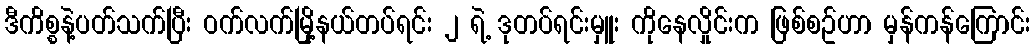
ဒီကိစ္စနဲ့ပတ်သက်ပြီး ဝက်လက်မြို့နယ်တပ်ရင်း ၂ ရဲ့ ဒုတပ်ရင်းမှူး ကိုနေလှိုင်းက ဖြစ်စဥ်ဟာ မှန်ကန်ကြောင်း